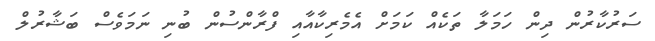
ސަރުކާރުން ދިން ހަމަލާ ތަކެއް ކަމަށް އެމެރިކާއާއި ފްރާންސުން ބުނި ނަމަވެސް ބަޝާރުލް